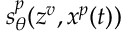
s _ { \theta } ^ { p } ( z ^ { v } , x ^ { p } ( t ) )